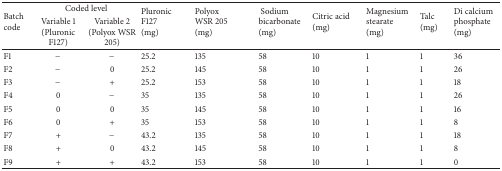
<table><thead><tr><td rowspan="2"><b>Batch code</b></td><td colspan="2"><b>Coded level</b></td><td rowspan="2"><b>Pluronic F127 (mg)</b></td><td rowspan="2"><b>Polyox WSR 205 (mg)</b></td><td rowspan="2"><b> Sodium bicarbonate (mg)</b></td><td rowspan="2"><b>Citric acid (mg)</b></td><td rowspan="2"><b>Magnesium stearate (mg)</b></td><td rowspan="2"><b>Talc (mg)</b></td><td rowspan="2"><b>Di calcium phosphate (mg)</b></td></tr><tr><td><b>Variable 1 (Pluronic F127)</b></td><td><b>Variable 2 (Polyox WSR 205)</b></td></tr></thead><tbody><tr><td>F1</td><td>−</td><td>−</td><td>25.2</td><td>135</td><td>58</td><td>10</td><td>1</td><td>1</td><td>36</td></tr><tr><td>F2</td><td>−</td><td>0</td><td>25.2</td><td>145</td><td>58</td><td>10</td><td>1</td><td>1</td><td>26</td></tr><tr><td>F3</td><td>−</td><td>+</td><td>25.2</td><td>153</td><td>58</td><td>10</td><td>1</td><td>1</td><td>18</td></tr><tr><td>F4</td><td>0</td><td>−</td><td>35</td><td>135</td><td>58</td><td>10</td><td>1</td><td>1</td><td>26</td></tr><tr><td>F5</td><td>0</td><td>0</td><td>35</td><td>145</td><td>58</td><td>10</td><td>1</td><td>1</td><td>16</td></tr><tr><td>F6</td><td>0</td><td>+</td><td>35</td><td>153</td><td>58</td><td>10</td><td>1</td><td>1</td><td>8</td></tr><tr><td>F7</td><td>+</td><td>−</td><td>43.2</td><td>135</td><td>58</td><td>10</td><td>1</td><td>1</td><td>18</td></tr><tr><td>F8</td><td>+</td><td>0</td><td>43.2</td><td>145</td><td>58</td><td>10</td><td>1</td><td>1</td><td>8</td></tr><tr><td>F9</td><td>+</td><td>+</td><td>43.2</td><td>153</td><td>58</td><td>10</td><td>1</td><td>1</td><td>0</td></tr></tbody></table>